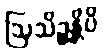
ဩသိဉ္စန္တိပိ